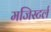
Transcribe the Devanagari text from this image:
मजिस्टर्ल